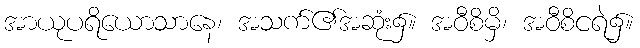
အာယုပရိယောသာနေ၊ အသက်၏အဆုံး၌။ အဝီစိမှိ၊ အဝီစိငရဲ၌။